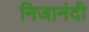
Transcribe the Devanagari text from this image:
निजानंदी